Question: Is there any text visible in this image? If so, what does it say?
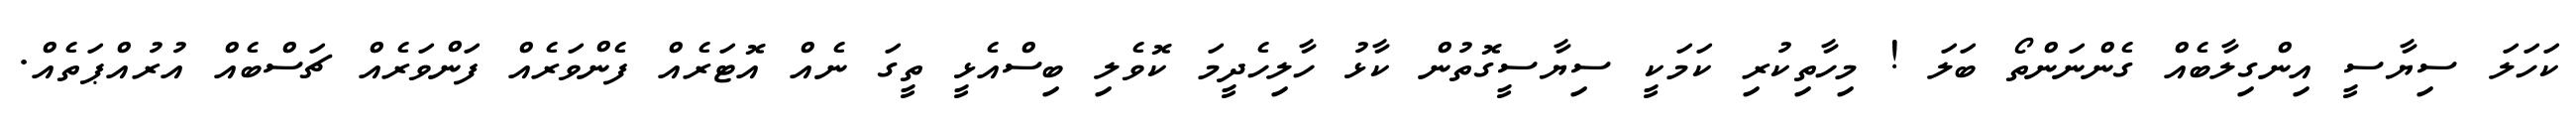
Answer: ކަހަލަ ސިޔާސީ އިންގިލާބެއް ގެންނަންތޯ ބަލަ ! މިހާތިކުރި ކަމަކީ ސިޔާސީގޮތުން ކާޅު ހާލިހެދީމަ ކޮވެލި ބިސްއެޅީ ތީގަ ނެއް އޮޓަރެއް ފެންވަރެއް ފަންވަރެއް ޗަސްބެއް އުރުއްޕަތެއް.